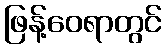
ဖြန့်ဝေရာတွင်